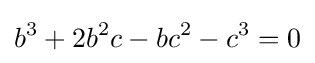
b^{3}+2b^{2}c-bc^{2}-c^{3}=0